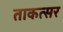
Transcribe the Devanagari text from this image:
ताकत्सर